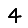
Digit: 4